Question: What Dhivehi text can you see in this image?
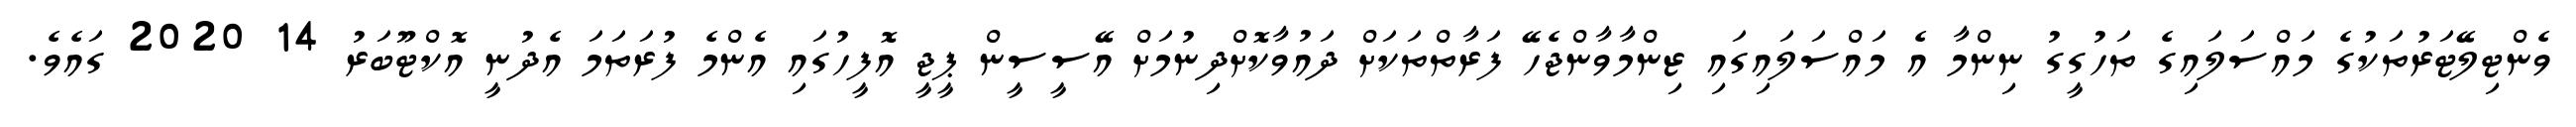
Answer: ވެންޓިލޭޓަރުތަކުގެ މައްސަލައިގެ ތަހުގީގު ނިންމާ އެ މައްސަލައިގައި ޒިންމާވާންޖެހޭ ފަރާތްތަކަށް ދައުވާކޮށްދިނުމަށް އޭސީސީން ޕީޖީ އޮފީހުގައި އެންމެ ފުރަތަމަ އެދުނީ އޮކްޓޫބަރު 14 2020 ގައެވެ.